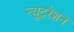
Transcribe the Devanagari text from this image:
न्यूट्ररेशन